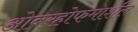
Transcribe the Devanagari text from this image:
ओबरहोफमार्शल